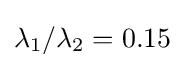
\lambda _{1}/\lambda _{2}=0.15